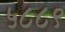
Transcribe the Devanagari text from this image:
५८८९